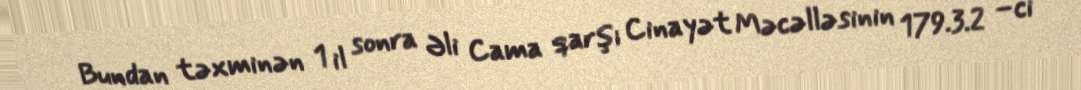
Bundan təxminən 1 il sonra Əli Cama qarşı Cinayət Məcəlləsinin 179.3.2 –ci